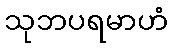
သုဘပရမာဟံ